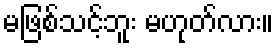
မဖြစ်သင့်ဘူး မဟုတ်လား။